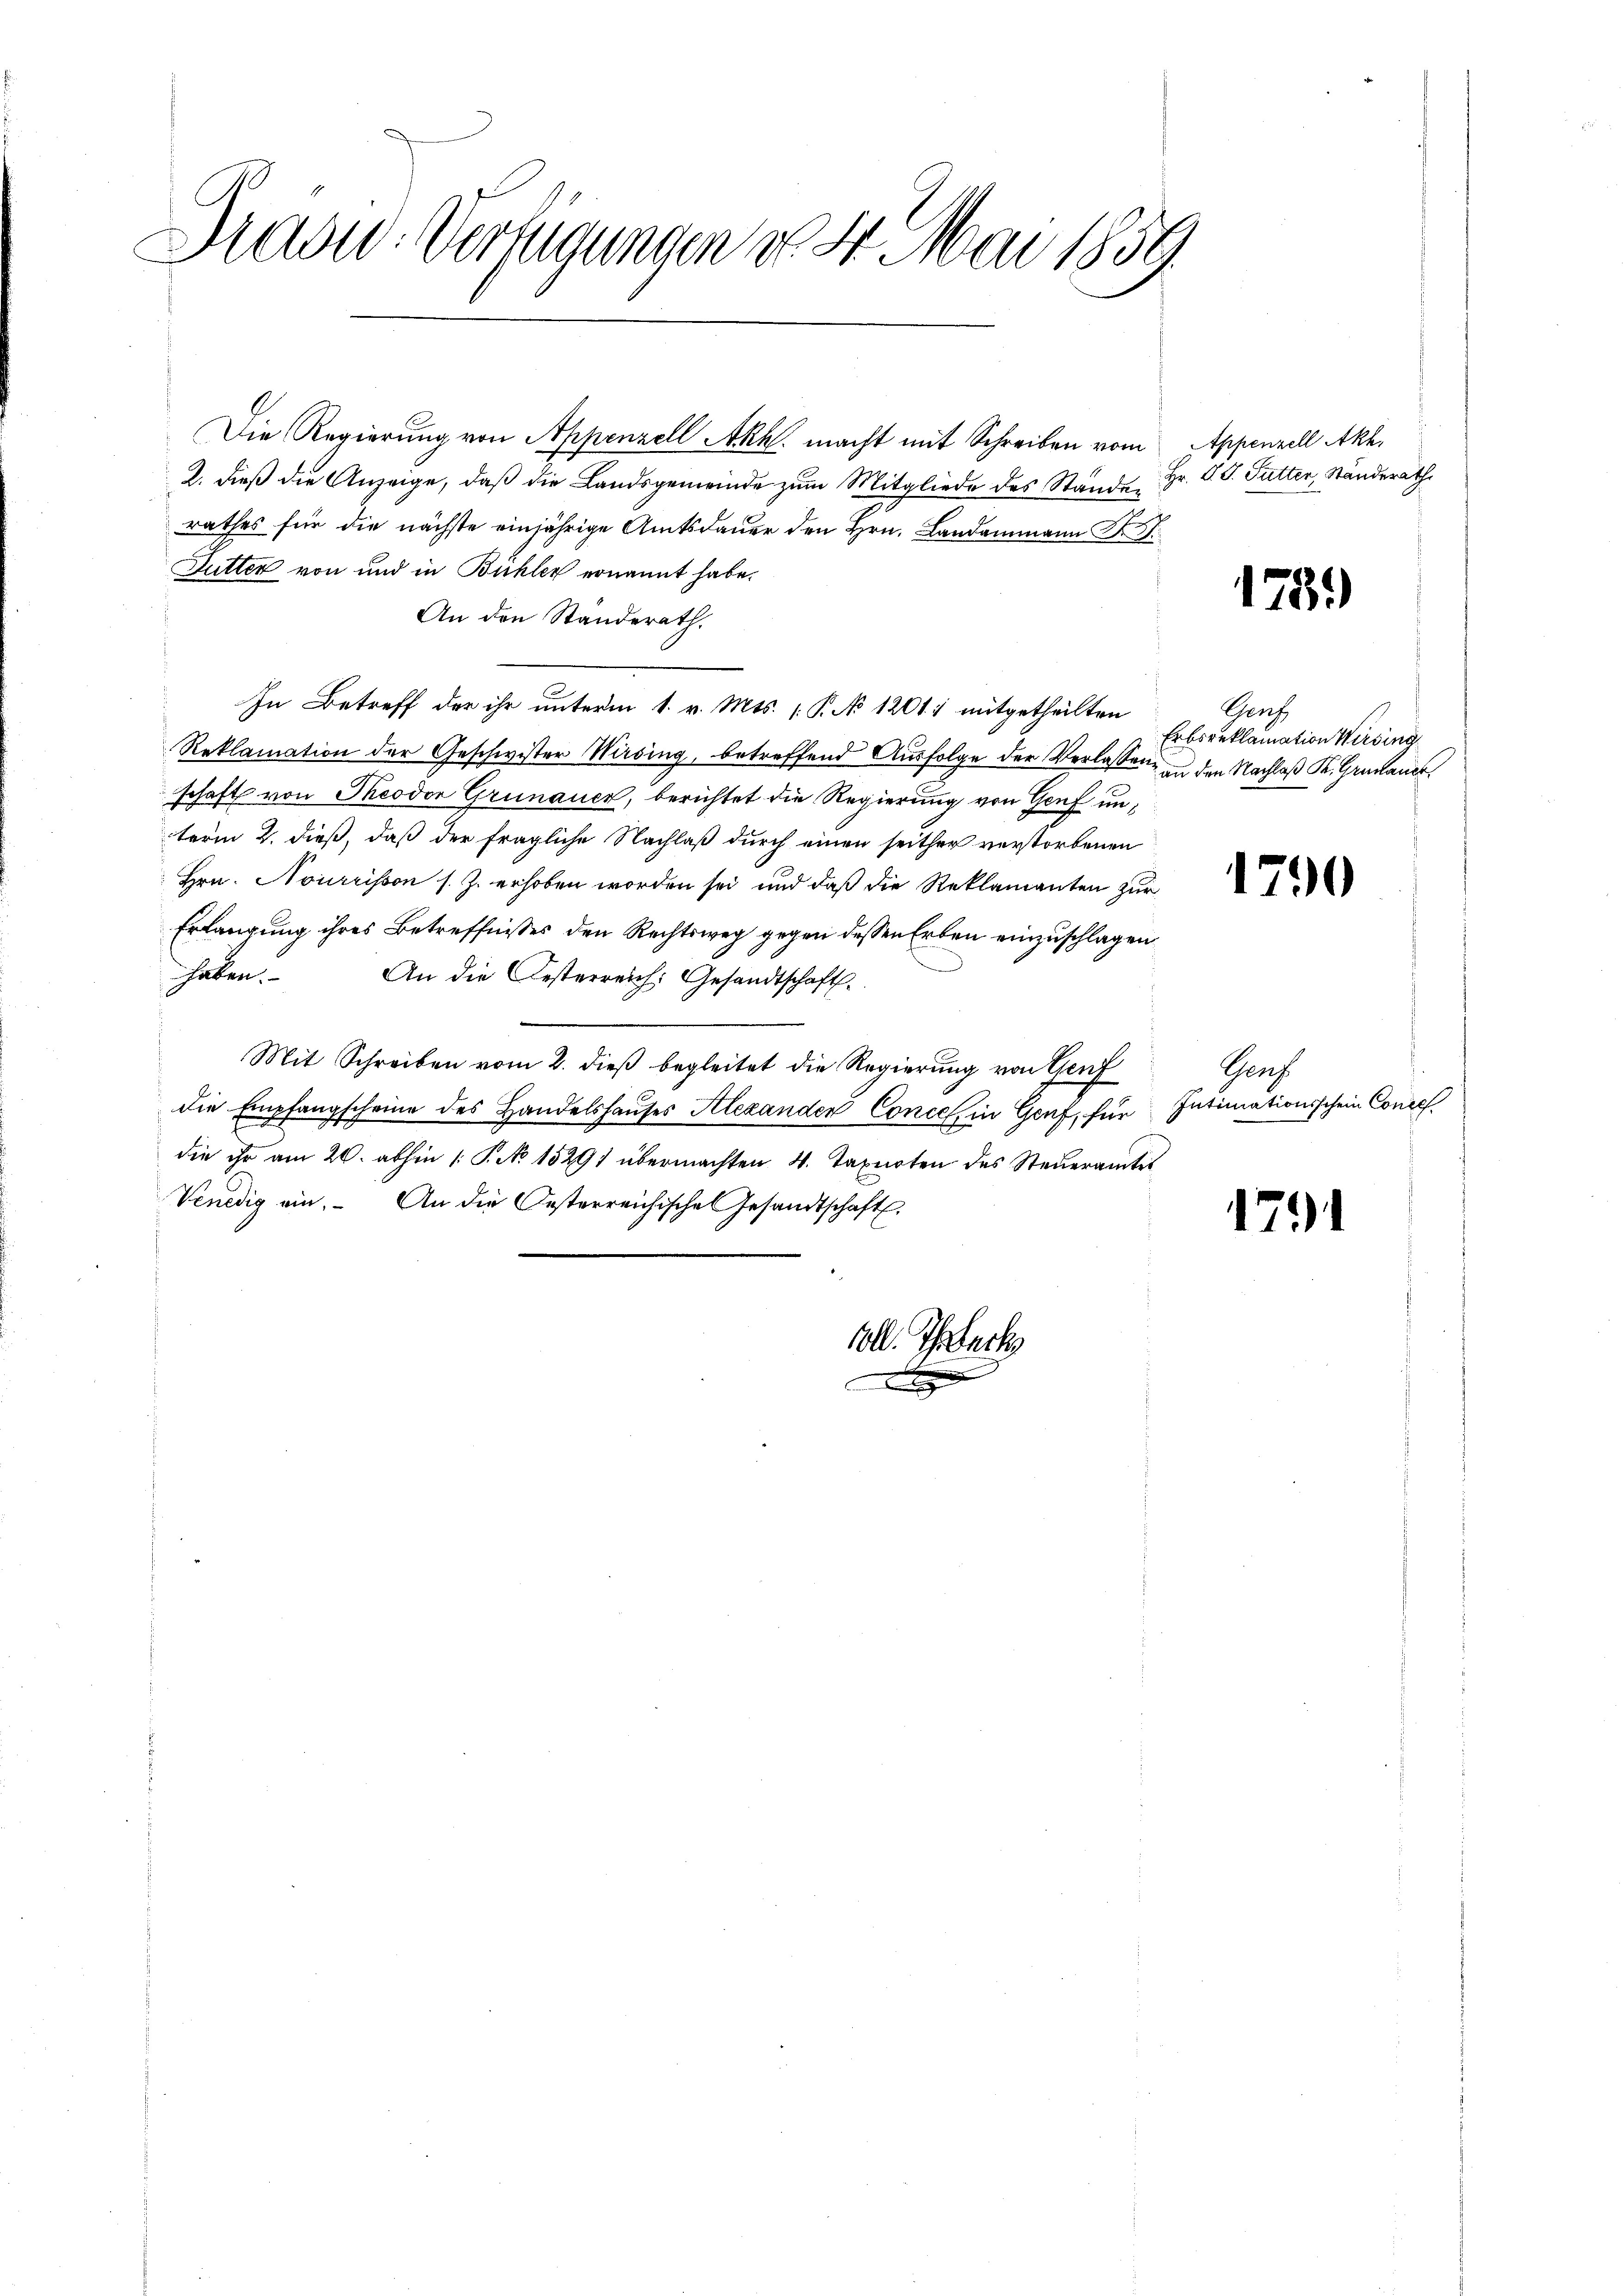
Mad: Verfügungen d. 24. Mai 1859

Die Regierung von Appenzell Akh. macht mit Schreiben vom
2. dieß die Anzeige, daß die Landsgemeinde zum Mitgliede des Ständen
rathes für die nächste einjährige Amtsdauer den Hrn. Landammann K
Futter von und in Bühler ernannt habe.
An den Standerath,
In Betreff der ihr unterm 1. v. Mts. P. No 12011 mitgetheilten
Reklamation der Geschwister Wirsing, betreffend Ausfolge der Verlassen in den Nachlaß K. Grünauer
schaft von Theodor Grünauer, berichtet die Regierung von Genf unterm 2. dieß, daß der fragliche Nachlaß durch einen seither verstorbenen
Hrn. Nourrisson s. Z. erhoben worden sei, und daß die Reklamanten zur
Erlangung ihres Betreffnisses den Rechtsweg gegen dessen Erben einzuschlagen
haben.
An die Oesterreich: Gesandtschaft
Mit Schreiben vom 2. dieß begleitet die Regierung von Genf
die Empfangscheine des Handelshauses Alexanden Concel, in Genf, für
die ihr am 20. abhin 1 P. No 15291 übermachten 4. Taxirten des Steueramtes
Venedig ein. An die Oesterreichische Gesandtschaft.

soll. Ehesack

Appenzell Akt,
Hr. P. J. Futter, Ständerath

1751)

Genf
Erbsreklamation Wirsing

1790

Genf
Intimationsschein Conces

1791